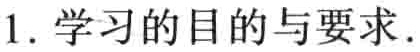
1. 学习的目的与要求.